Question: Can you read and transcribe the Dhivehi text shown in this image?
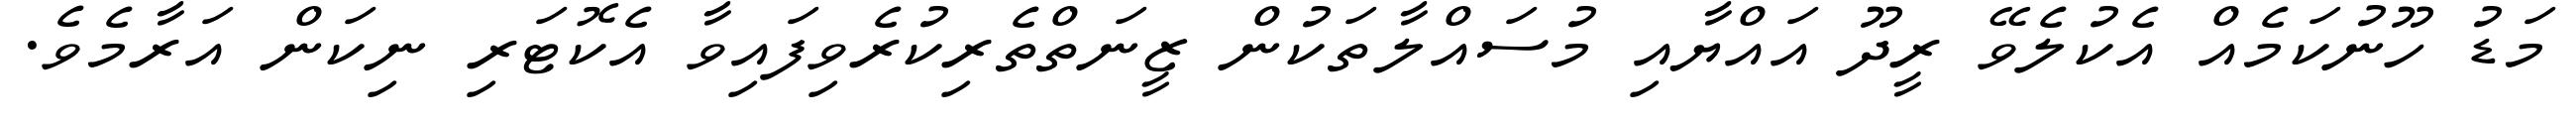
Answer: މަޑު ހޫނުކަމެއް އެކުލެވޭ ރީދޫ އައްޔާއި މުސައްލާތަކުން ޒީނަތްތެރިކުރެވިފައިވާ އެކޮޓަރި ނިކަން އަރާމެވެ.